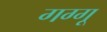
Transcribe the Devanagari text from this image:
गग्गू